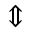
\Updownarrow